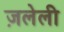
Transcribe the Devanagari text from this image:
ज़लेली